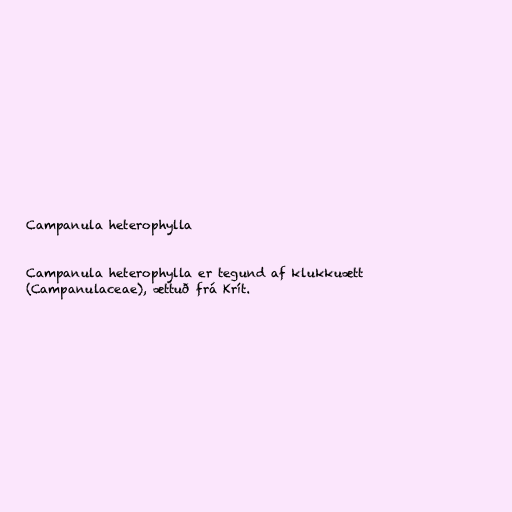
Campanula heterophylla

Campanula heterophylla er tegund af klukkuætt
(Campanulaceae), ættuð frá Krít.